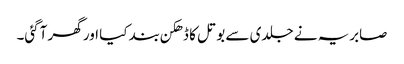
صابریہ نے جلدی سے بوتل کا ڈھکن بند کیا اور گھر آگئی۔